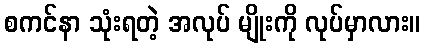
စကင်နာ သုံးရတဲ့ အလုပ် မျိုးကို လုပ်မှာလား။